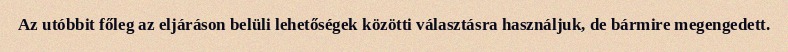
Az utóbbit főleg az eljáráson belüli lehetőségek közötti választásra használjuk, de bármire megengedett.